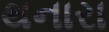
થનારા